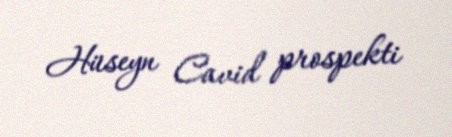
Hüseyn Cavid prospekti